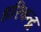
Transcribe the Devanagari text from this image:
हरिचन्द्र